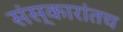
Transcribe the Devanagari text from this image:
संस्कारांतच